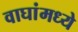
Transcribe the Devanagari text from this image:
वाघांमध्ये